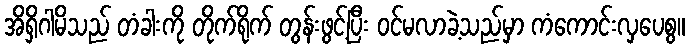
အိရှိဂါမိသည် တံခါးကို တိုက်ရိုက် တွန်းဖွင့်ပြီး ဝင်မလာခဲ့သည်မှာ ကံကောင်းလှပေစွ။